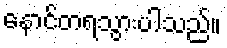
နောင်တရသွားပါသည်။